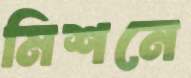
মিশনে